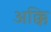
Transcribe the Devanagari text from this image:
अक्कि